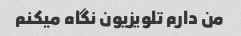
من دارم تلویزیون نگاه میکنم